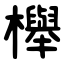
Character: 櫸